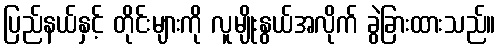
ပြည်နယ်နှင့် တိုင်းများကို လူမျိုးနွယ်အလိုက် ခွဲခြားထားသည်။